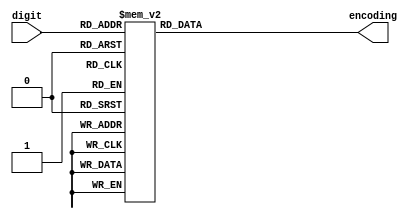
module hex_driver
	(
		input [3 : 0] digit,
		output reg [7 : 0] encoding
	);
	
	always @(*) begin
		case (digit)
			4'd0: encoding = 8'hC0;
			4'd1: encoding = 8'hF9;
			4'd2: encoding = 8'hA4;
			4'd3: encoding = 8'hB0;
			4'd4: encoding = 8'h99;
			4'd5: encoding = 8'h92;
			4'd6: encoding = 8'h82;
			4'd7: encoding = 8'hF8;
			4'd8: encoding = 8'h80;
			4'd9: encoding = 8'h90;
			default: encoding = 8'hFF;
		endcase
	end

endmodule